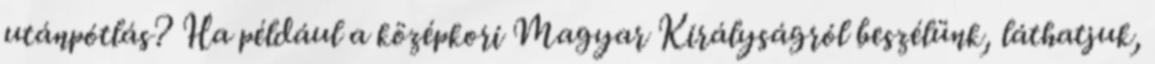
utánpótlás? Ha például a középkori Magyar Királyságról beszélünk, láthatjuk,